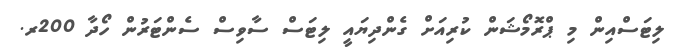
ލިޓަސްއިން މި ޕްރޮމޯޝަން ކުރިއަށް ގެންދިޔައީ ލިޓަސް ސާވިސް ސެންޓަރުން ހޯދާ 200ރ.